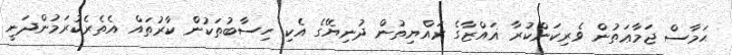
ޙަމާސް ޖަމާޢަތުން ވެރިކަންކުރާ ޣައްޒާގެ ރައްޔިތުން ދުނިޔޭގެ އެކި ހިސާބުތަކުން ކާރުތައް އެތެރެކުރަމުންދަނީ